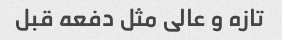
تازه و عالی مثل دفعه قبل